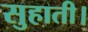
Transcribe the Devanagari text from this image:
सुहाती।